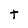
Character: t